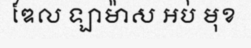
ឌែល ឡាម៉ាស អប់ មុខ